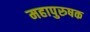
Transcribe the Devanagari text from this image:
महापुरुषक